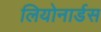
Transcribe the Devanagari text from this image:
लियोनार्डस